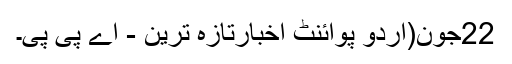
22جون(اُردو پوائنٹ اخبارتازہ ترین - اے پی پی۔